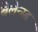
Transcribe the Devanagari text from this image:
बेलेन्स्ड